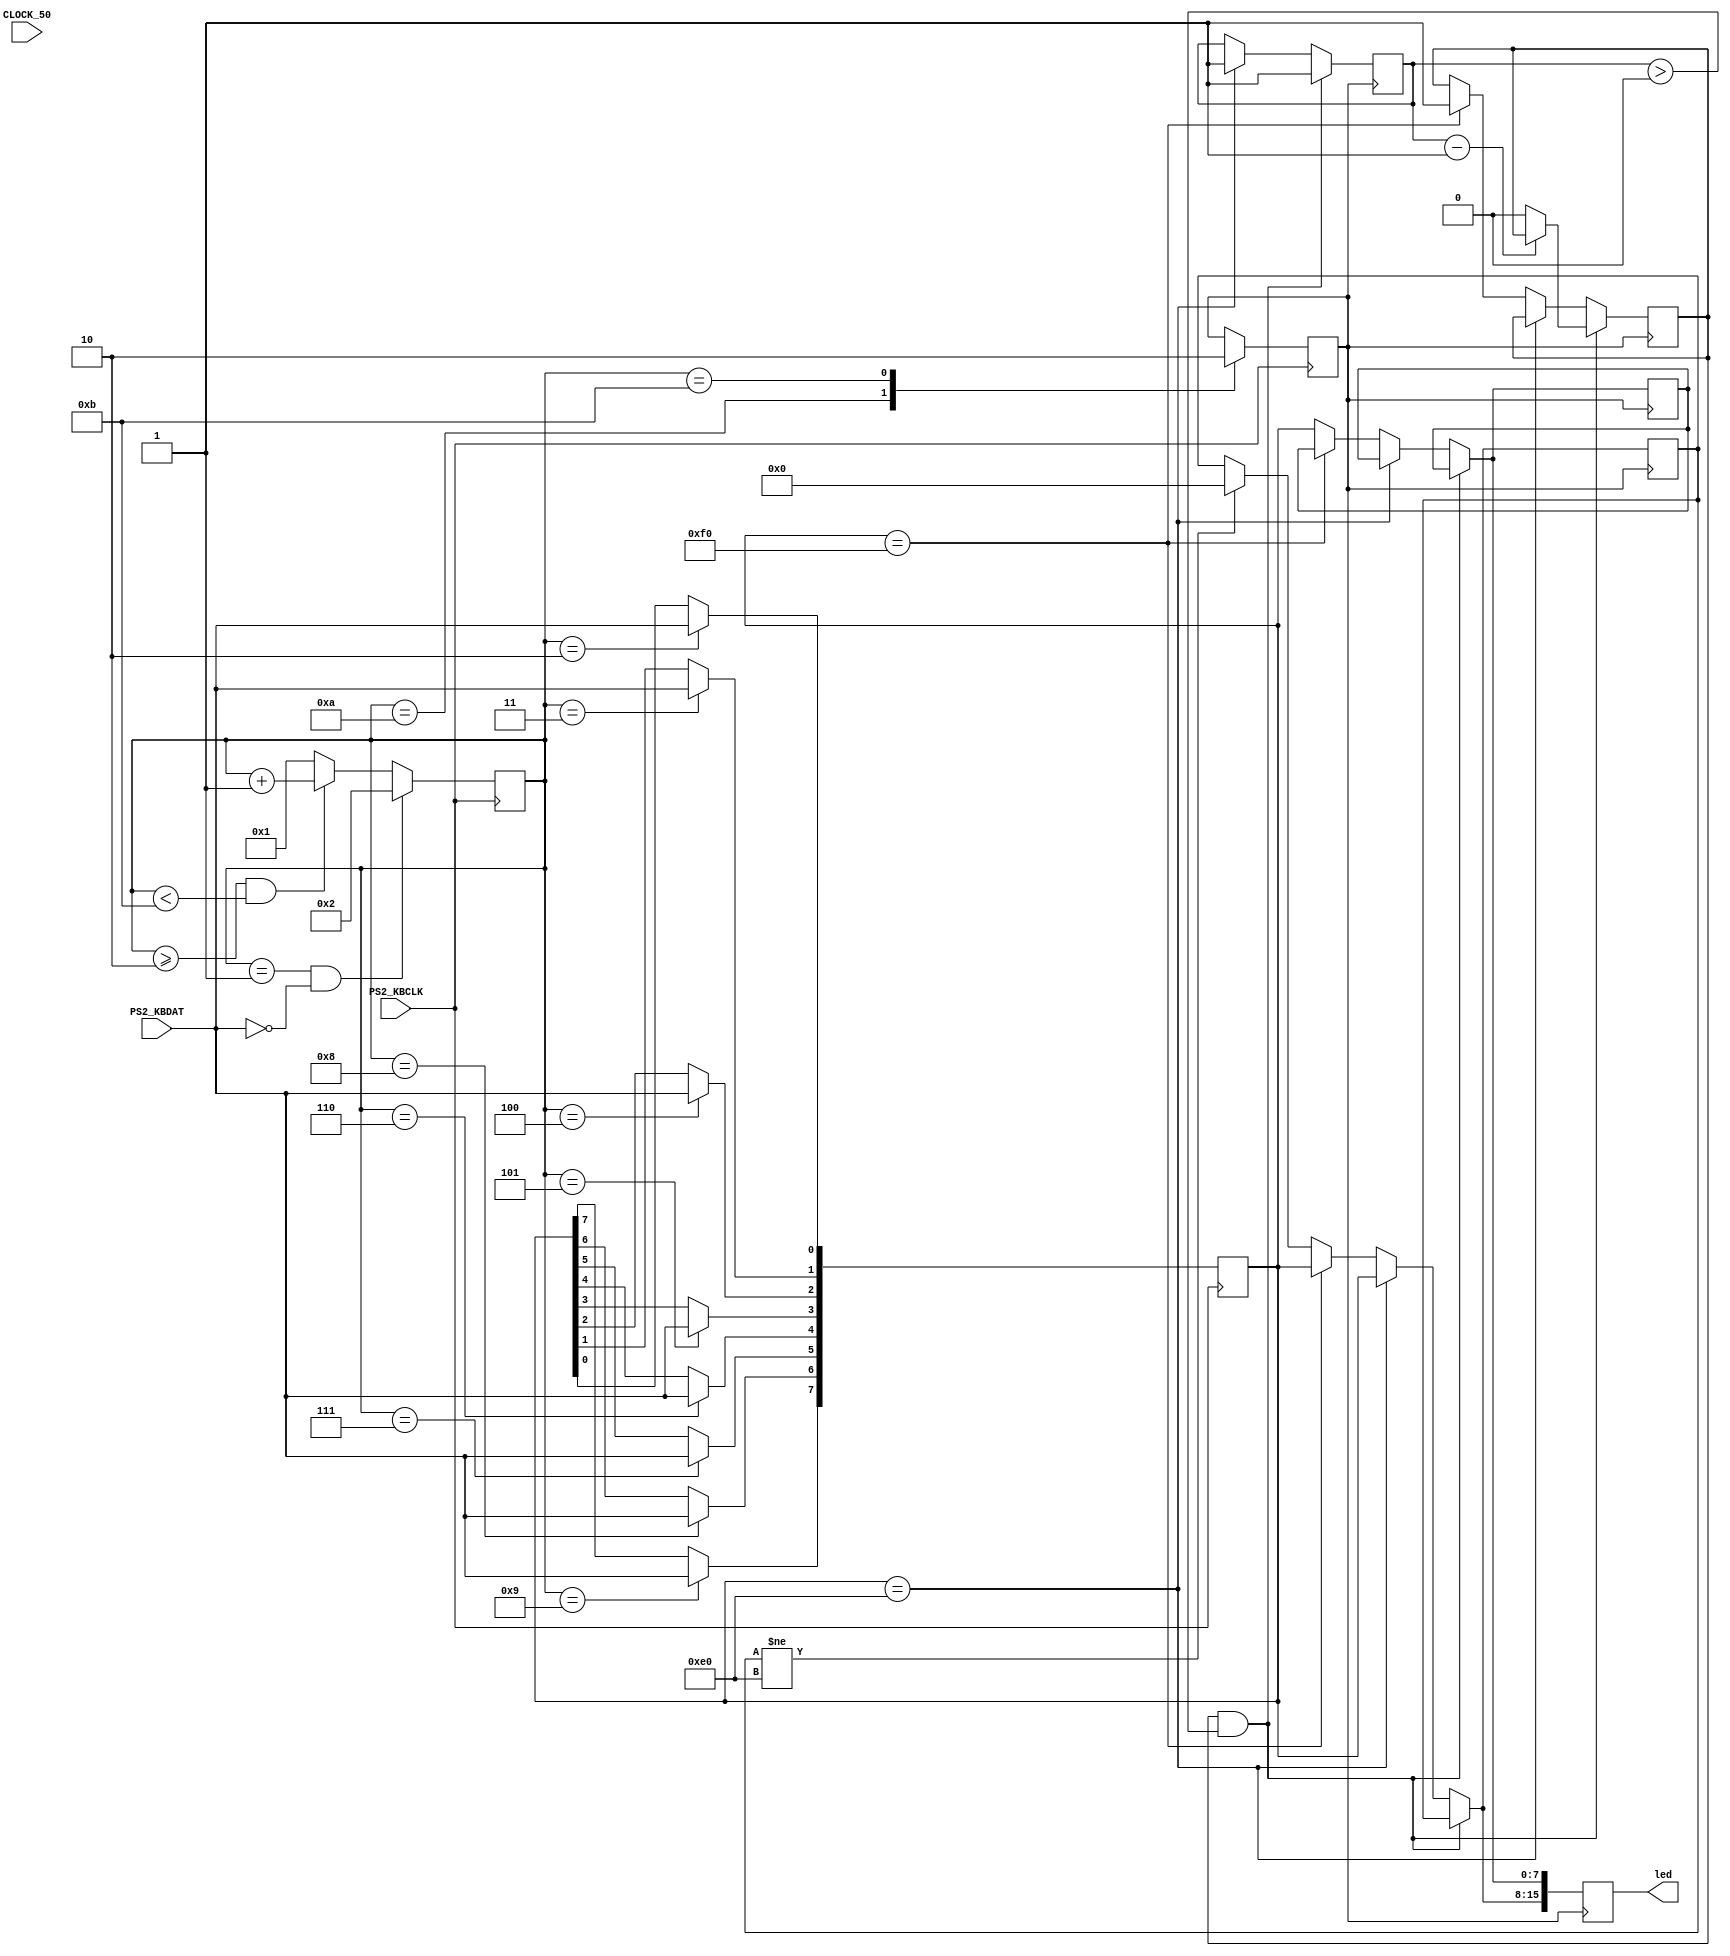
module ps2(
    input wire PS2_KBCLK, // Clock pin form keyboard
    input wire CLOCK_50,
    input wire PS2_KBDAT, //Data pin form keyboard
    output reg [15:0] led //Printing input data to led
);
    reg [7:0] data_curr;
    reg [3:0] b;
    reg flag;

    reg [7:0] buffer[1:0];

   
    reg len;
    reg finished;

    initial
    begin
        b<=4'h1;
        flag<=1'b0;
        data_curr<=8'h00;
        led<=16'h00;

        buffer[0] <= 8'b0;
        buffer[1] <= 8'b0;

        len<=1;
        finished<=0;

     
       
    end 
    always @(negedge PS2_KBCLK) //Activating at negative edge of clock from keyboard
    begin
    
            case(b)
                1:; //first bit
                2:data_curr[0]<=PS2_KBDAT;
                3:data_curr[1]<=PS2_KBDAT;
                4:data_curr[2]<=PS2_KBDAT;
                5:data_curr[3]<=PS2_KBDAT;
                6:data_curr[4]<=PS2_KBDAT;
                7:data_curr[5]<=PS2_KBDAT;
                8:data_curr[6]<=PS2_KBDAT;
                9:data_curr[7]<=PS2_KBDAT;
                10:flag<=1'b1; //Parity bit
                11:flag<=1'b0; //Ending bit
                default:;

            endcase

            if (( b == 1 ) && ( ~PS2_KBDAT )) begin
	            b <= 4'd2;
	            //parity <= 1;
	            //error <= 0;
	        end else if (( b >= 2 ) && ( b < 11 ))
	            b <= b + 4'h1;
	        else begin
				b <= 4'h1;
	        end

    end


    always@(posedge flag) // Printing data obtained to led
    begin
        //led={buffer[1],buffer[0]};   

        if(finished == 1 && len>0) begin
            len=len-1;

            if(len == 0 ) begin
                finished=0;
                len=1;
            end
             
        end
        else begin

            if(data_curr== 8'he0) begin
            buffer[1]=data_curr;
            len=1;
       end 
       
       else if(data_curr==8'hf0)
            begin
             buffer[1]=data_curr;   
             finished=1;
        end

        else begin

            if(buffer[1] != 8'he0 ) begin
                buffer[1]=8'h00;
            end
         
            buffer[0]=data_curr;
             
         end
            
        end

       

      led={buffer[1],buffer[0]};           
               
    end 
endmodule